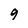
Character: 9